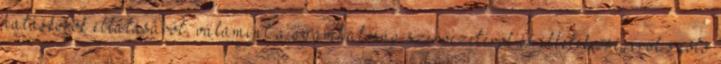
hatáskörök ellátásáról, valamint a gyámhatóság szervezetéről és illetékességéről szóló